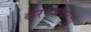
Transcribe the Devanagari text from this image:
करण्याकरतां